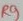
Text: PP9